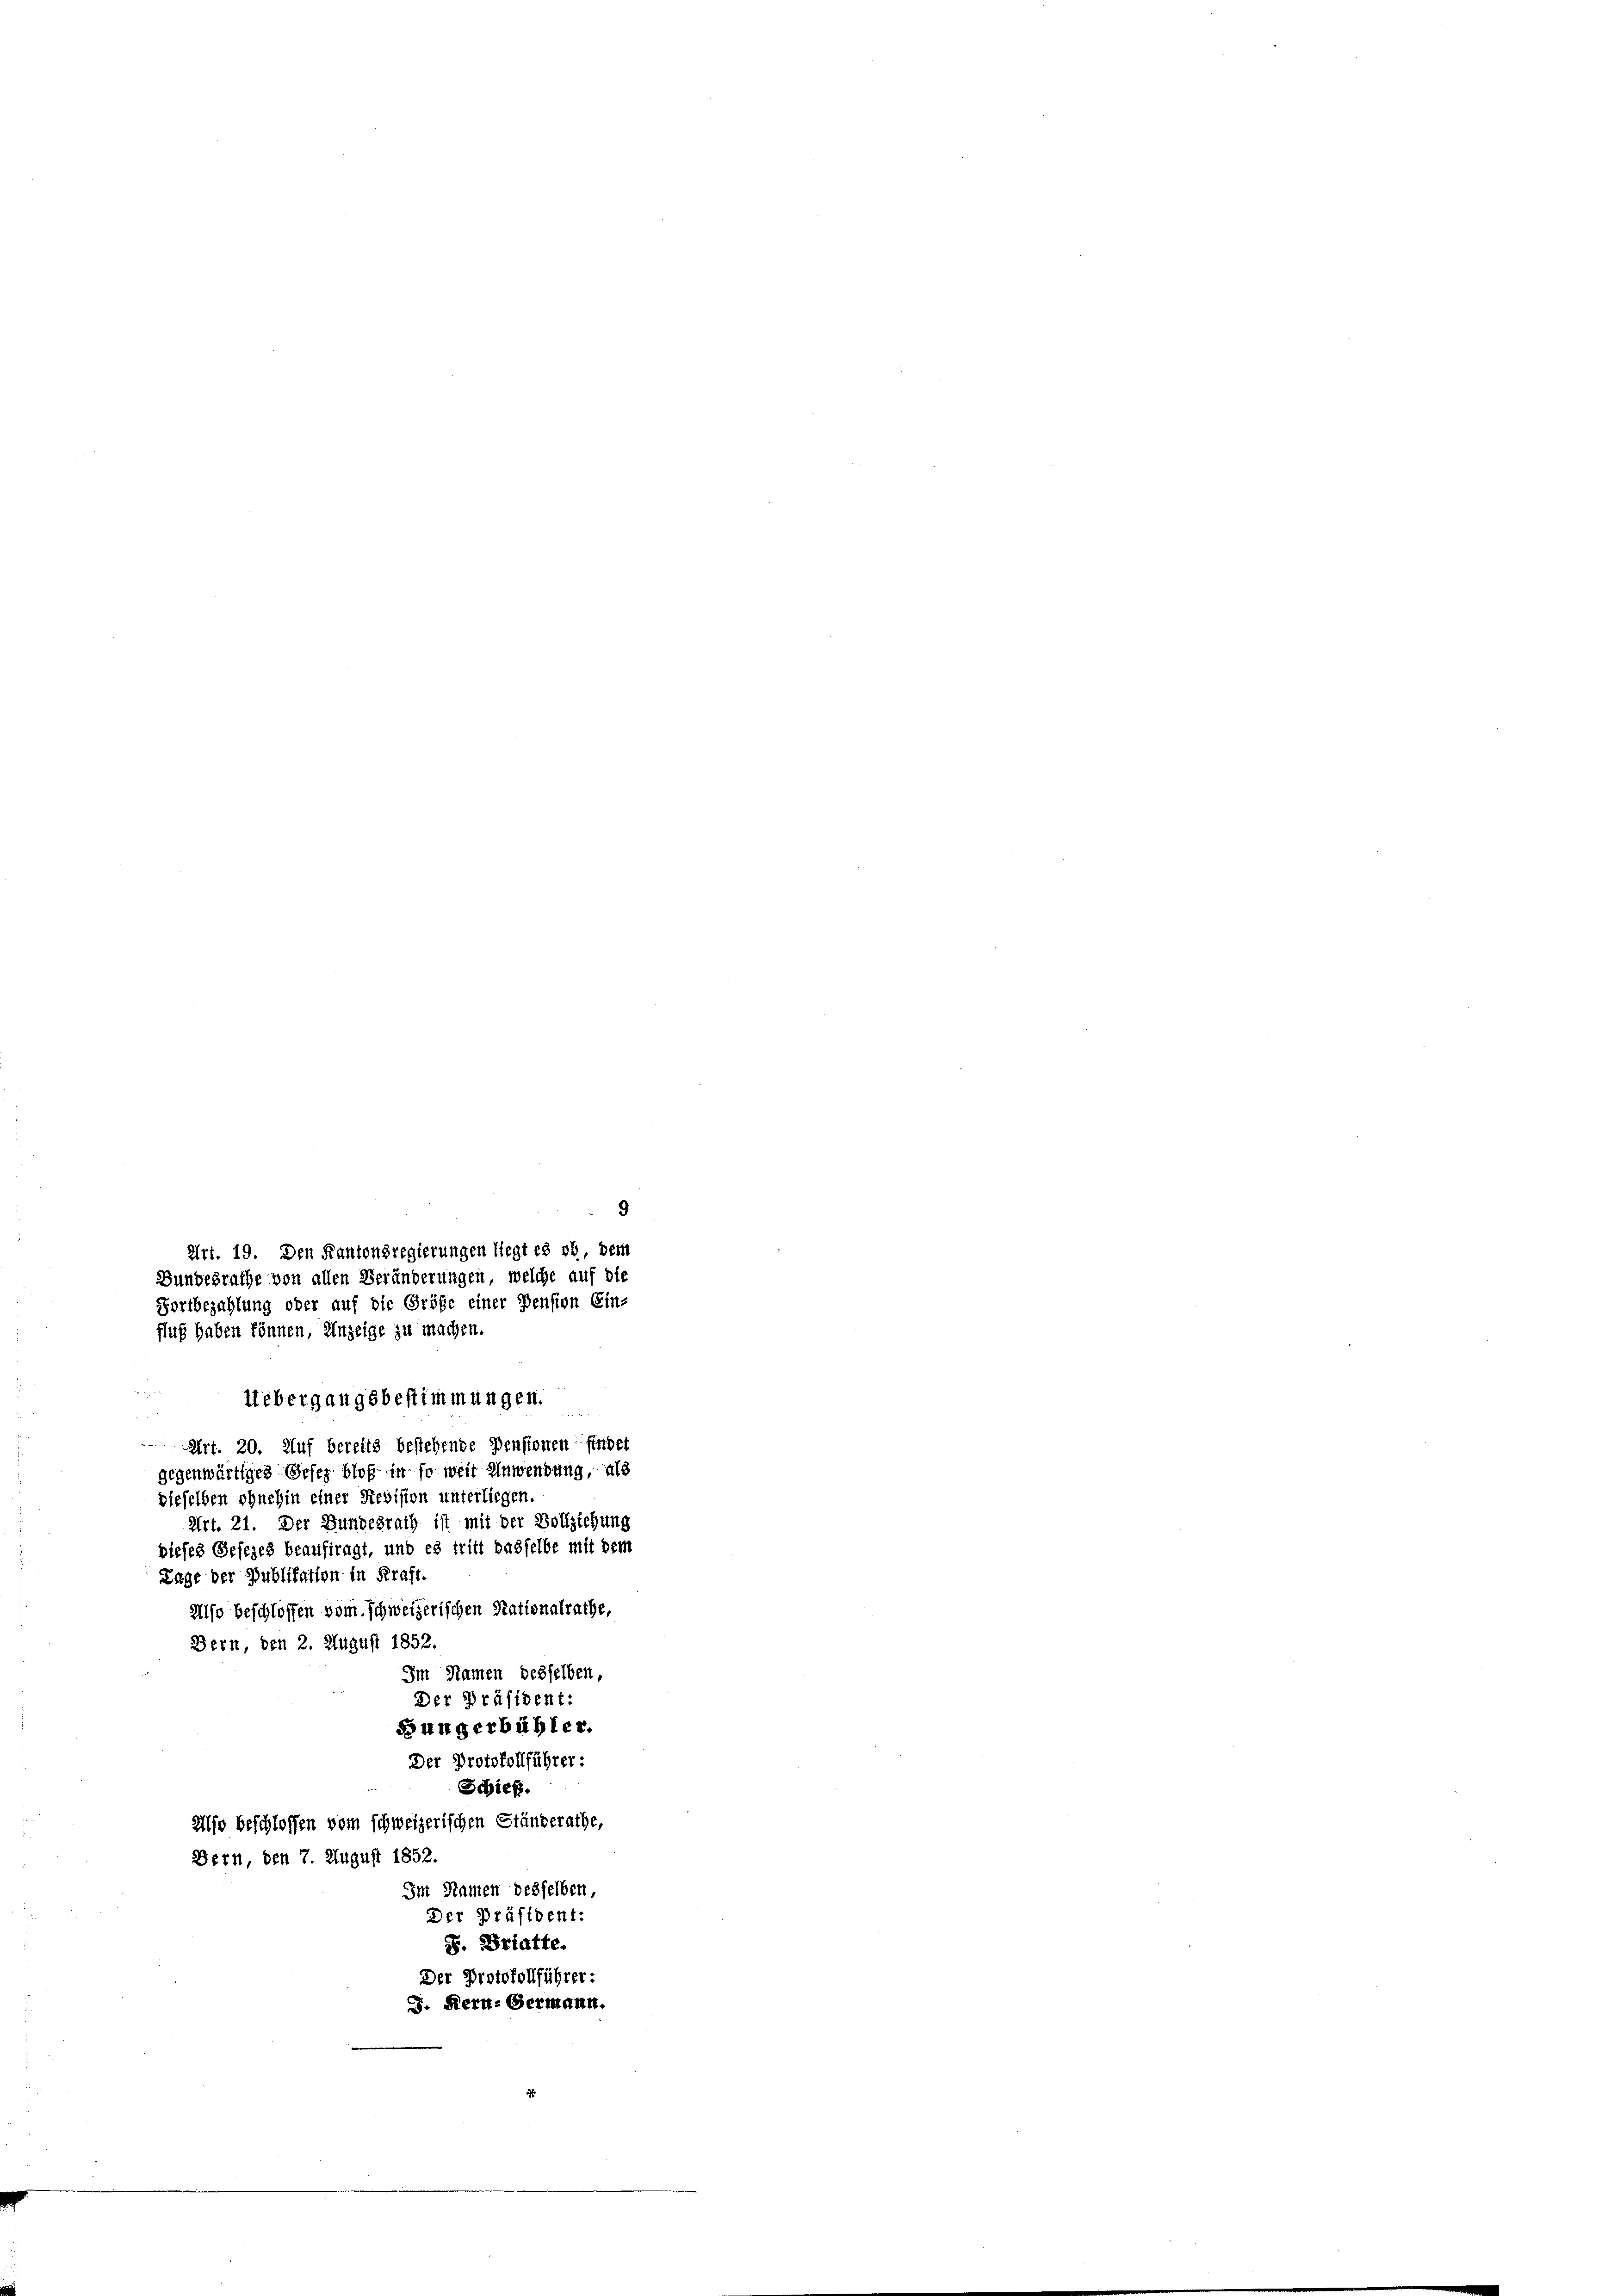
9
Uebergangsbestimmungen.
Art. 20. Auf bereits bestehende Pensionen findet
gegenwärtiges Gesez bloß in so weit Anwendung, als
dieselben ohnehin einer Revision unterliegen.
Art. 21. Der Bundesrath ist mit der Vollziehung
dieses Gesezes beauftragt, und es tritt dasselbe mit dem
Lage der Publikation in Kraft.
Also beschlossen vom schweizerischen Rationalrathe,
Bern, den 2. August 1852.
Im Namen desselben,
Der Präsident:
Büngerbühler.
Der Protokollführer:
Schieß.
Also beschlossen vom schweizerischen Ständerathe,
Bern, den 7. August 1852.
Int Namen desselben,
Der Präsident:
S. Bratte.
Der Protokollführer:
J. Kern- Germann.

Art. 19. Den Kantonsregierungen liegt es ob dem
Bundesrathe von allen Veränderungen, welche auf die
Fortbezahlung oder auf die Größe einer Pension Ein-
fluß haben können, Anzeige zu machen.